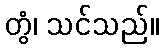
တွံ၊ သင်သည်။